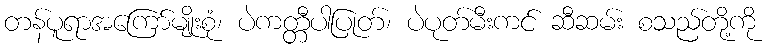
တန်ပူရာအကြော်မျိုးစုံ၊ ပဲကတ္တီပါပြုတ်၊ ပဲပုတ်မီးကင် ဆီဆမ်း စသည်တို့ကို